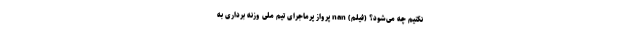
نکنیم چه می‌شود؟ (فیلم) nan پرواز پرماجرای تیم ملی وزنه برداری به